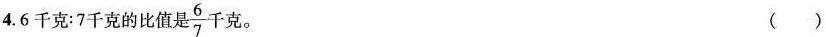
4.6千克：7千克的比值是 \frac{6}{7} 千克。 ()